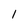
Character: 1